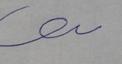
Signature authenticity: forged